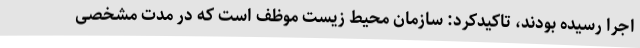
اجرا رسیده بودند، تاکیدکرد: سازمان محیط زیست موظف است که در مدت مشخصی